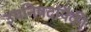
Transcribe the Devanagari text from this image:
उपनिषदांपैकी